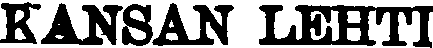
KANSAN LEHTI